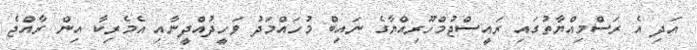
އަދި އެ ރަސްމިއްޔާތުގައި ރައީސްޖުމްހޫރިއްޔާގެ ނައިބް މުހައްމަދު ވަހީދުއްދީނާއި އެމެރިކާ އިން ރާއްޖެ